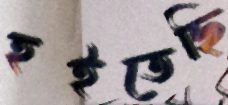
হইতেছি